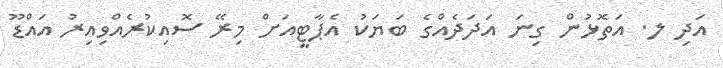
އަދި ލ. އަތޮޅުން ގިނަ އަދަދެއްގެ ބަޔަކު އެޕާޓީއަށް މިރޭ ސޮއިކުރެއްވިއިރު އައްޑޫ